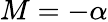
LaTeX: M=-\alpha